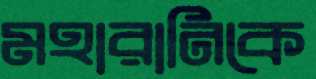
মহারানিকে